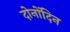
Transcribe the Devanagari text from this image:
दोनोंदिन